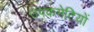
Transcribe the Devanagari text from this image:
उपकमेटियों